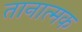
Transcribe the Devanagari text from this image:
तानात्मक